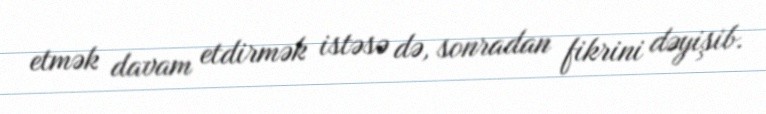
etmək davam etdirmək istəsə də, sonradan fikrini dəyişib.